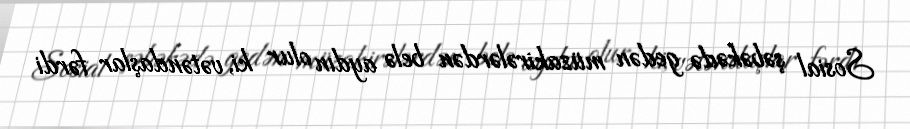
Sosial şəbəkədə gedən müzakirələrdən belə aydın olur ki, vətəndaşlar fərdi